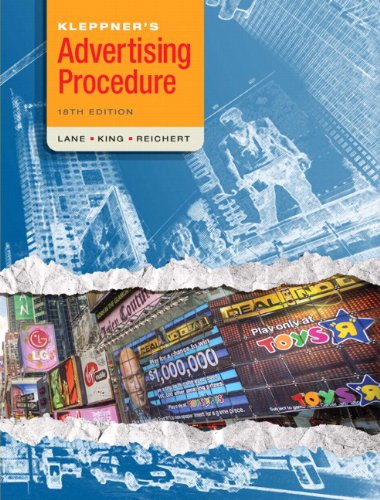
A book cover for Kleppner's Advertising Procedure (18th Edition); Ron Lane; Business & Money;